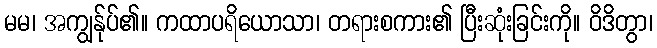
မမ၊ အကျွန်ုပ်၏။ ကထာပရိယောသာ၊ တရားစကား၏ ပြီးဆုံးခြင်းကို။ ဝိဒိတွာ၊